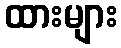
ထားများ